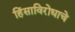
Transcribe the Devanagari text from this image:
हिंसाविरोधाचे